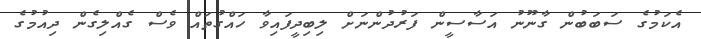
އެކަމުގެ ސަބަބުން ގާނޫނު އަސާސީން ފަރުދުންނަށް ލިބިދީފައިވާ ހައްގުތައް ވެސް ގެއްލިގެން ދިއުމުގެ